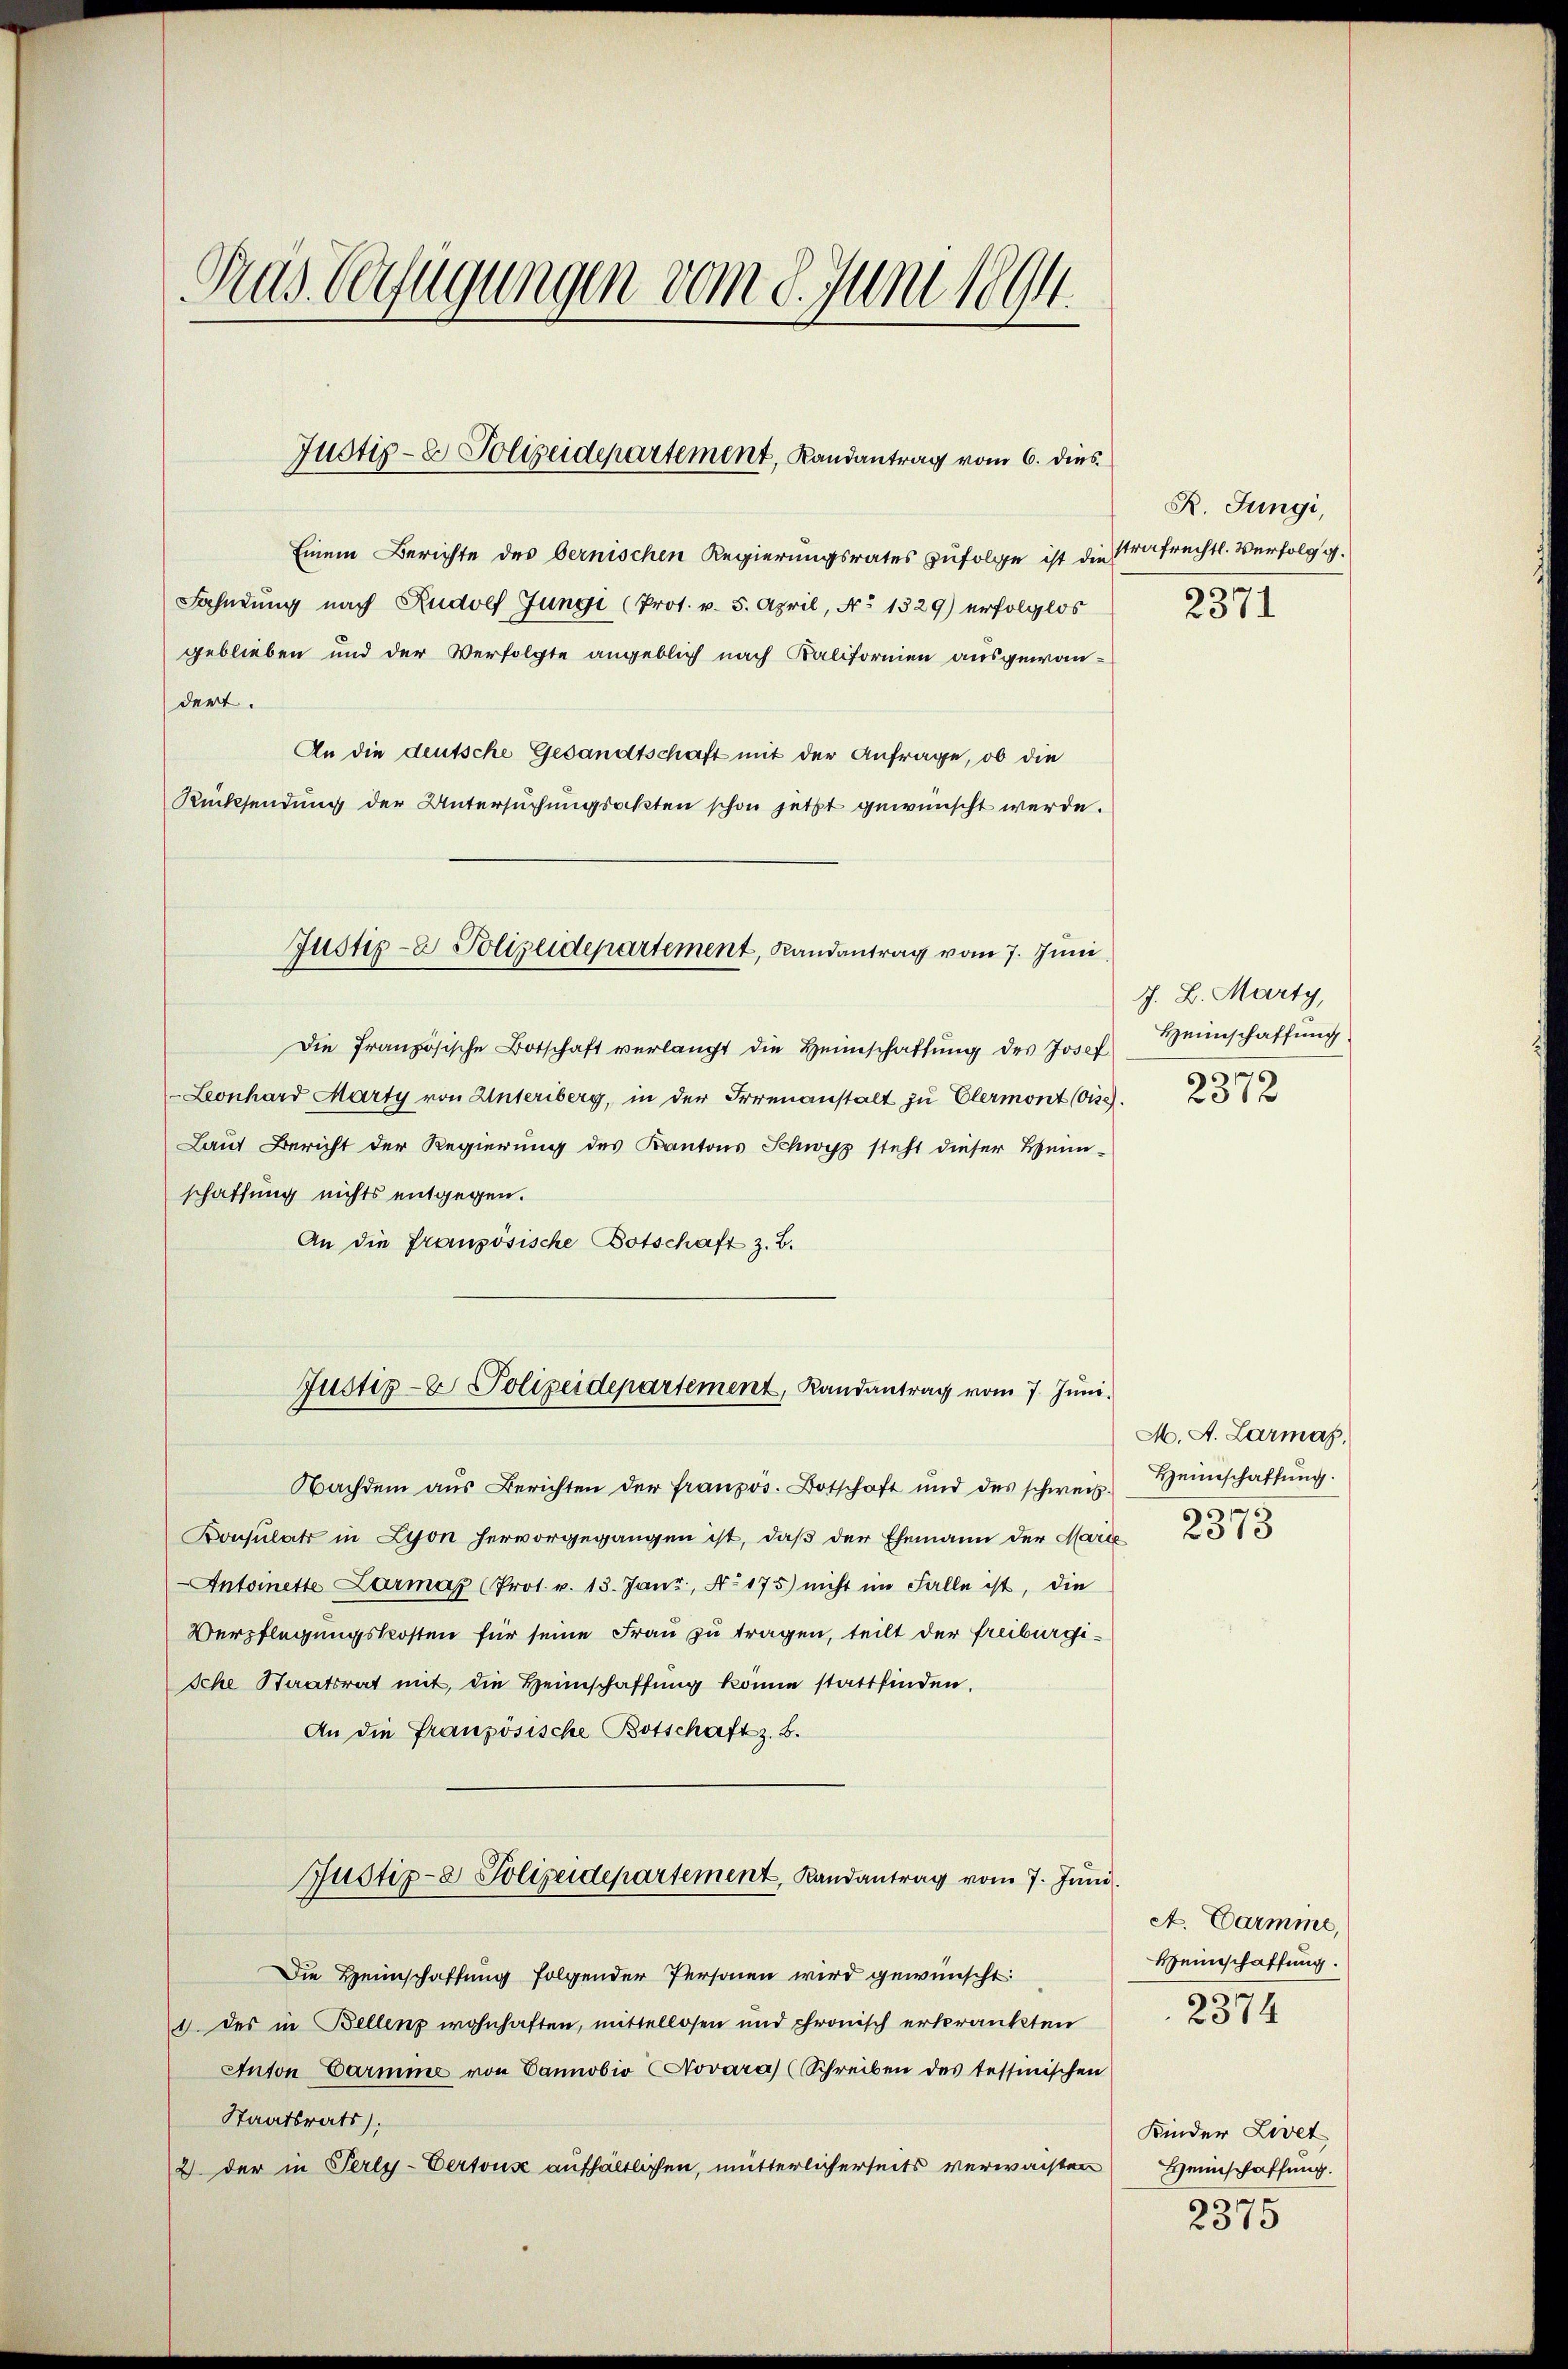
Gras begügungen vom 8. Juni 1894.

Justiz- & Polizeidepartement, Landantrag vom 6. dies

Einem Berichte des bernischen Regierungsrates zufolge ist die
Fahndung nach Rudolf Jungi (Prot. v. 5. April, No 1329) erfolglos
geblieben und der Verfolgte angeblich nach Kaliformen ausgewan-
dert.
An die deutsche Gesandtschaft mit der Anfrage, ob die
Rücksendung der Untersuchungsakten schon jetzt gewünscht werde.
Die Französische Botschaft verlangt die Heimschaftung des Josef
Leonhard Marty von Unteriberg, in der Irrenanstalt zu Clermont (Gise
Laut Bericht der Regierung des Kantons Schwyz steht dieser Heinschaffung nichts entgegen.
An die französische Botschaft z. B.
Justiz- & Polizeidepartement, Landantrag vom 7. Juni.
Nachdem aus Berichten der französ. Botschaft und des schweiz.
Bonsulats in Lyon hervorgegangen ist, daß der Ehemann der Mari
Antonette Larmar (Prot. v. 13. Janz, No. 175) nicht im Falle ist, die
Verpflegungskosten für seine Frau zu tragen, teilt der Freiburgische Staatsrat mit, die Heimschaffung könne stattfinden.
An die französische Botschaft z. B.
Justiz- & Polizeidepartement, Randantrag vom 7. Juni.
Die Heimschaffung folgender Personen wird gewünscht:
1. des in Bellenz wohnhaften, mittellosen und chronisch erkrankten
Anton Garmine von Vannobio Novara) (Schreiben des tessinischen
Staatsrats);
2) der in Perly-Certous aufhältlichen, mütterlicherseits verwachten

Justiz- & Polizeidepartement, Randantrag vom 7. Juni

R. Jungi,
strafrechtl. Verfolg g.

2371

J. B. Marty,
Heimschaffung
¬
2372
.

M. A. Larmas,
Heimschaffung.
6
010
f

A. Darmine,
Heinschaffung.
2374

Kinder Livet
Heimschaffung.
2375